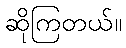
ဆိုကြတယ်။